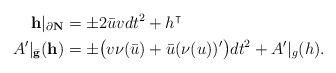
LaTeX: \begin{align*}{\bf h} |_{\partial \bf N} &= \pm 2 \bar u v dt^2 + h^\intercal\\A'|_{\bar {\bf g}} (\bf h)&= \pm \big( v \nu (\bar u) + \bar u (\nu(u))' \big) dt^2 + A'|_g(h).\end{align*}